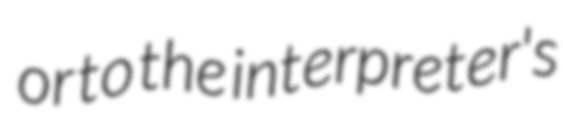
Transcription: or to the interpreter's